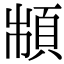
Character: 𩒌